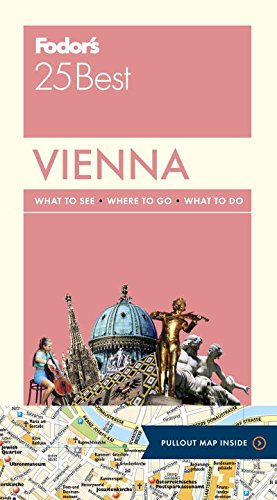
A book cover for Fodor's Vienna 25 Best (Full-color Travel Guide); Fodor's; Travel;